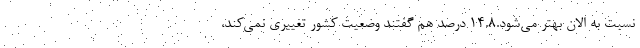
نسبت به الان بهتر می‌شود.۱۴.۸ درصد هم گفتند وضعیت کشور تغییری نمی‌کند،